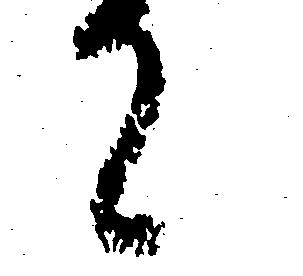
て